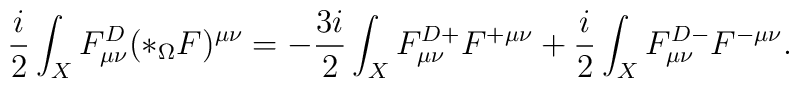
\frac{i}{2}\int_{X} F_{\mu\nu}^{D}(*_{\Omega}F)^{\mu\nu}=-\frac{3i}{2}\int_{X} F_{\mu\nu}^{D+}F^{+\mu\nu}+\frac{i}{2}\int_{X} F_{\mu\nu}^{D-}F^{-\mu\nu}.